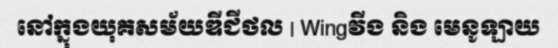
នៅក្នុងយុគសម័យឌីជីថល | Wingវីង និង មេនូឡាយ